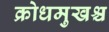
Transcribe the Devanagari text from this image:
क्रोधमुखश्च